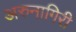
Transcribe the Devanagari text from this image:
अरुनागिरी